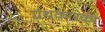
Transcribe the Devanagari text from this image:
ग्रंथकारकी